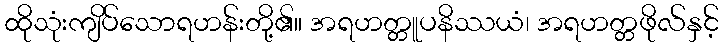
ထိုသုံးကျိပ်သောရဟန်းတို့၏။ အရဟတ္တူပနိဿယံ၊ အရဟတ္တဖိုလ်နှင့်